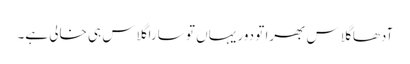
آدھا گلاس بھرا تو دور یہاں تو سارا گلاس ہی خالی ہے۔